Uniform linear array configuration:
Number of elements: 48
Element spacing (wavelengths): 1
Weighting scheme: kaiser
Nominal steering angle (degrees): -60
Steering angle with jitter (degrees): -59.476
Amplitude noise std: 0.05
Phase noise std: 0.05

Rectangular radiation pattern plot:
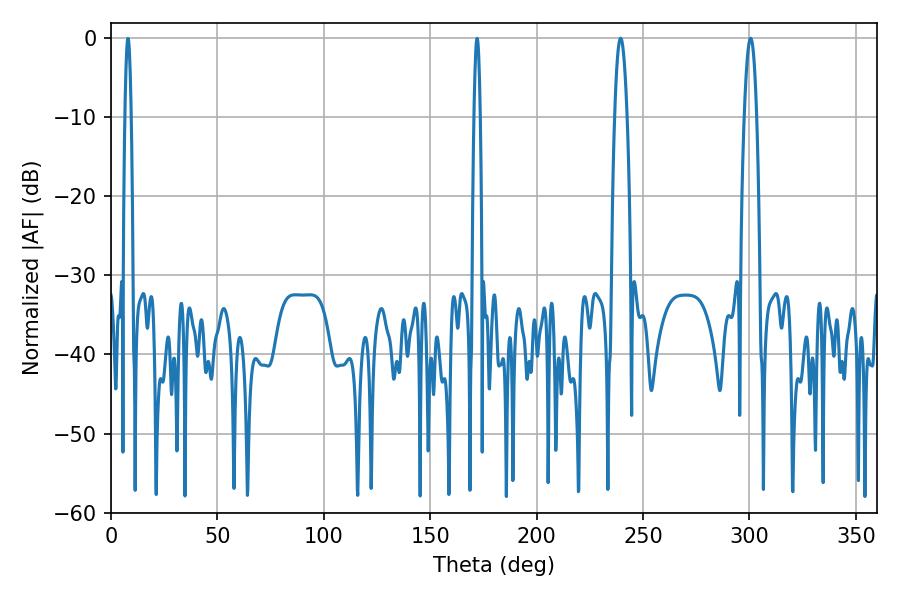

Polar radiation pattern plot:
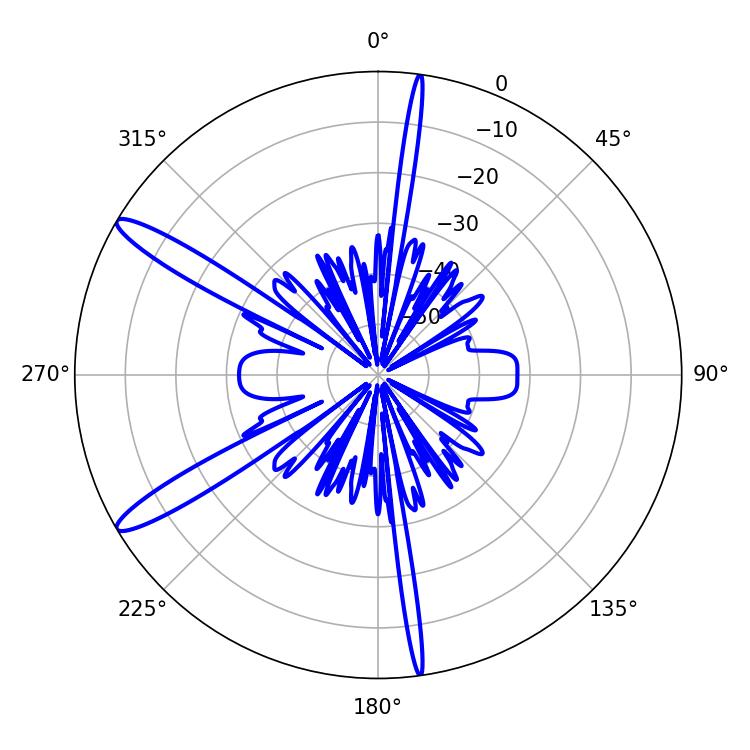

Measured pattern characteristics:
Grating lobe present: TRUE
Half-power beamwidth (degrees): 3.06
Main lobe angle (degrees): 239.4